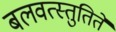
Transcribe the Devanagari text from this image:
बलवत्स्तुतिते